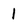
Character: 1